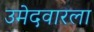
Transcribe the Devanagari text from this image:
उमेदवारला